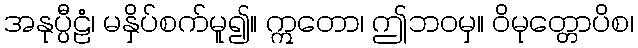
အနုပ္ပီဠံ၊ မနှိပ်စက်မူ၍။ ဣတော၊ ဤဘဝမှ။ ဝိမုတ္တောပိစ၊